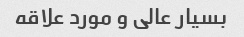
بسیار عالی و مورد علاقه